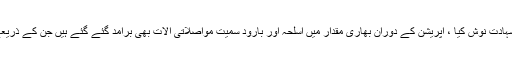
بیان کے مطابق فائرنگ کے تبادلہ میں حوالدار رزاق خان اور حوالدار ممتاز حسین نے جام شہادت نوش کیا ، آپریشن کے دوران بھاری مقدار میں اسلحہ اور بارود سمیت مواصلاتی آلات بھی برآمد گئے گئے ہیں جن کے ذریعے دہشتگرد سرحد پار افغان صوبہ پکتیا میںاپنے سہولت کاروں کے ساتھ رابطے میں تھے ۔